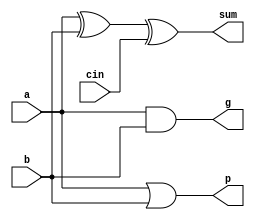
module rfa_1 (sum, g, p, a, b, cin);
   output sum;
   output g;
   output p;
   input a;
   input b;
   input cin;
   assign sum = a ^ b ^ cin;
   assign g = a & b;
   assign p = a | b;
endmodule